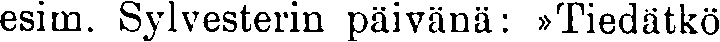
esim. Sylvesterin päivänä: »Tiedätkö